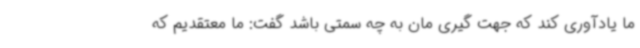
ما یادآوری کند که جهت گیری مان به چه سمتی باشد گفت: ما معتقدیم که